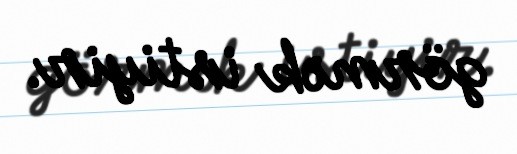
görmək istiyir.